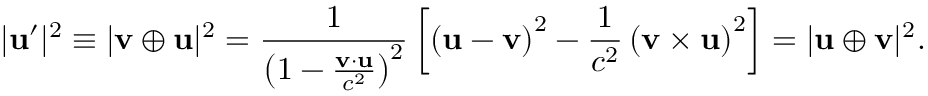
| \mathbf { u } ^ { \prime } | ^ { 2 } \equiv | \mathbf { v } \oplus \mathbf { u } | ^ { 2 } = { \frac { 1 } { \left( 1 - { \frac { \mathbf { v } \cdot \mathbf { u } } { c ^ { 2 } } } \right) ^ { 2 } } } \left[ \left( \mathbf { u } - \mathbf { v } \right) ^ { 2 } - { \frac { 1 } { c ^ { 2 } } } \left( \mathbf { v } \times \mathbf { u } \right) ^ { 2 } \right] = | \mathbf { u } \oplus \mathbf { v } | ^ { 2 } .